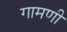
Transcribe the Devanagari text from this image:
गामणी